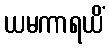
ယမကာရယိံ